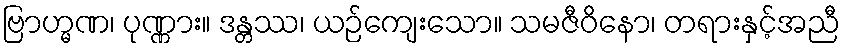
ဗြာဟ္မဏ၊ ပုဏ္ဏား။ ဒန္တဿ၊ ယဉ်ကျေးသော။ သမဇီဝိနော၊ တရားနှင့်အညီ